18_100754_ General 1946-7_Vol_2
Agency: Department of War
Incident date: 12/30/47
Page 5
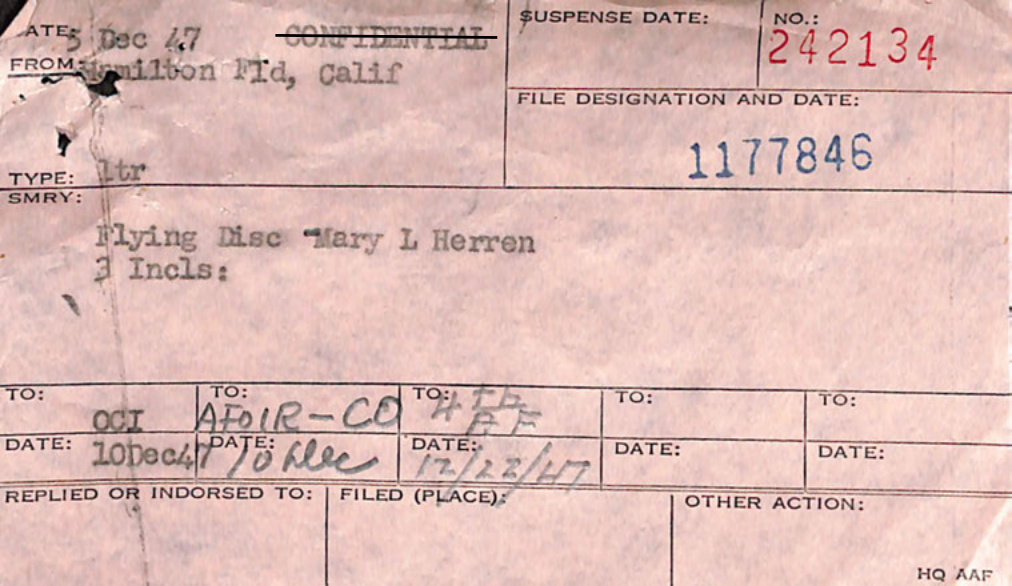